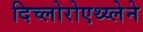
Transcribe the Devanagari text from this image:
दिच्लोरोएथ्य्लेने